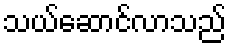
သယ်ဆောင်လာသည်